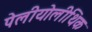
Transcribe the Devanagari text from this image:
पेलीयोलीथिक